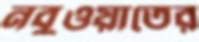
নবুওয়াতের